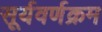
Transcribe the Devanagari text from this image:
सूर्यवर्णक्रम